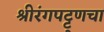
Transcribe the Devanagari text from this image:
श्रीरंगपट्ट्णचा